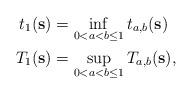
LaTeX: \begin{align*}t_{1}(\mathbf{s}) &= \inf_{0<a<b\le 1} t_{a,b}(\mathbf{s})\\T_{1}(\mathbf{s}) &= \sup_{0<a<b\le 1} T_{a,b}(\mathbf{s}),\end{align*}